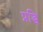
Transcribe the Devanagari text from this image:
प्रद्धि